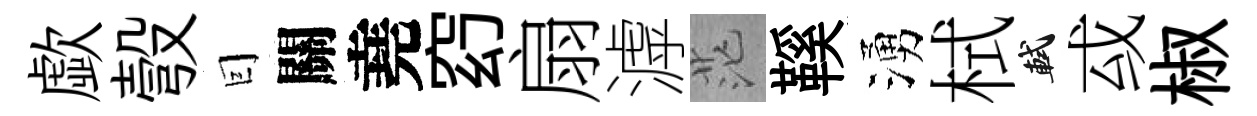
歔彀囙關堯𥥆扇滹茫鞵湧栻軾㦯椒